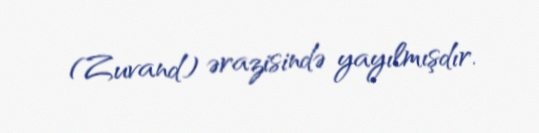
(Zuvand) ərazisində yayılmışdır.